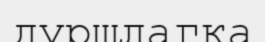
дуршлагқа